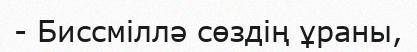
- Биссміллә сөздің ұраны,